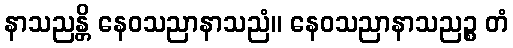
နာသညန္တိ နေဝသညာနာသညံ။ နေဝသညာနာသညဉ္စ တံ